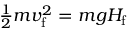
\textstyle { \frac { 1 } { 2 } } m v _ { \mathrm { f } } ^ { 2 } = m g H _ { \mathrm { f } }